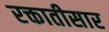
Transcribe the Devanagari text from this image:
रक्तातीसार